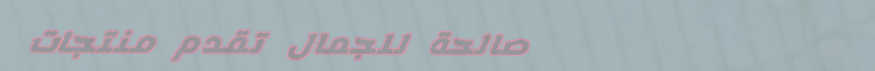
صالحة للجمال تقدم منتجات